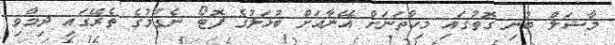
މާޝަލް ބުނި ގޮތުގައި މިހާތަނަށް އޭނާއަށް ބުޅަލުގެ ފޮޓޯ ނެގުމުގެ ތެރޭގައި ދިމާވި